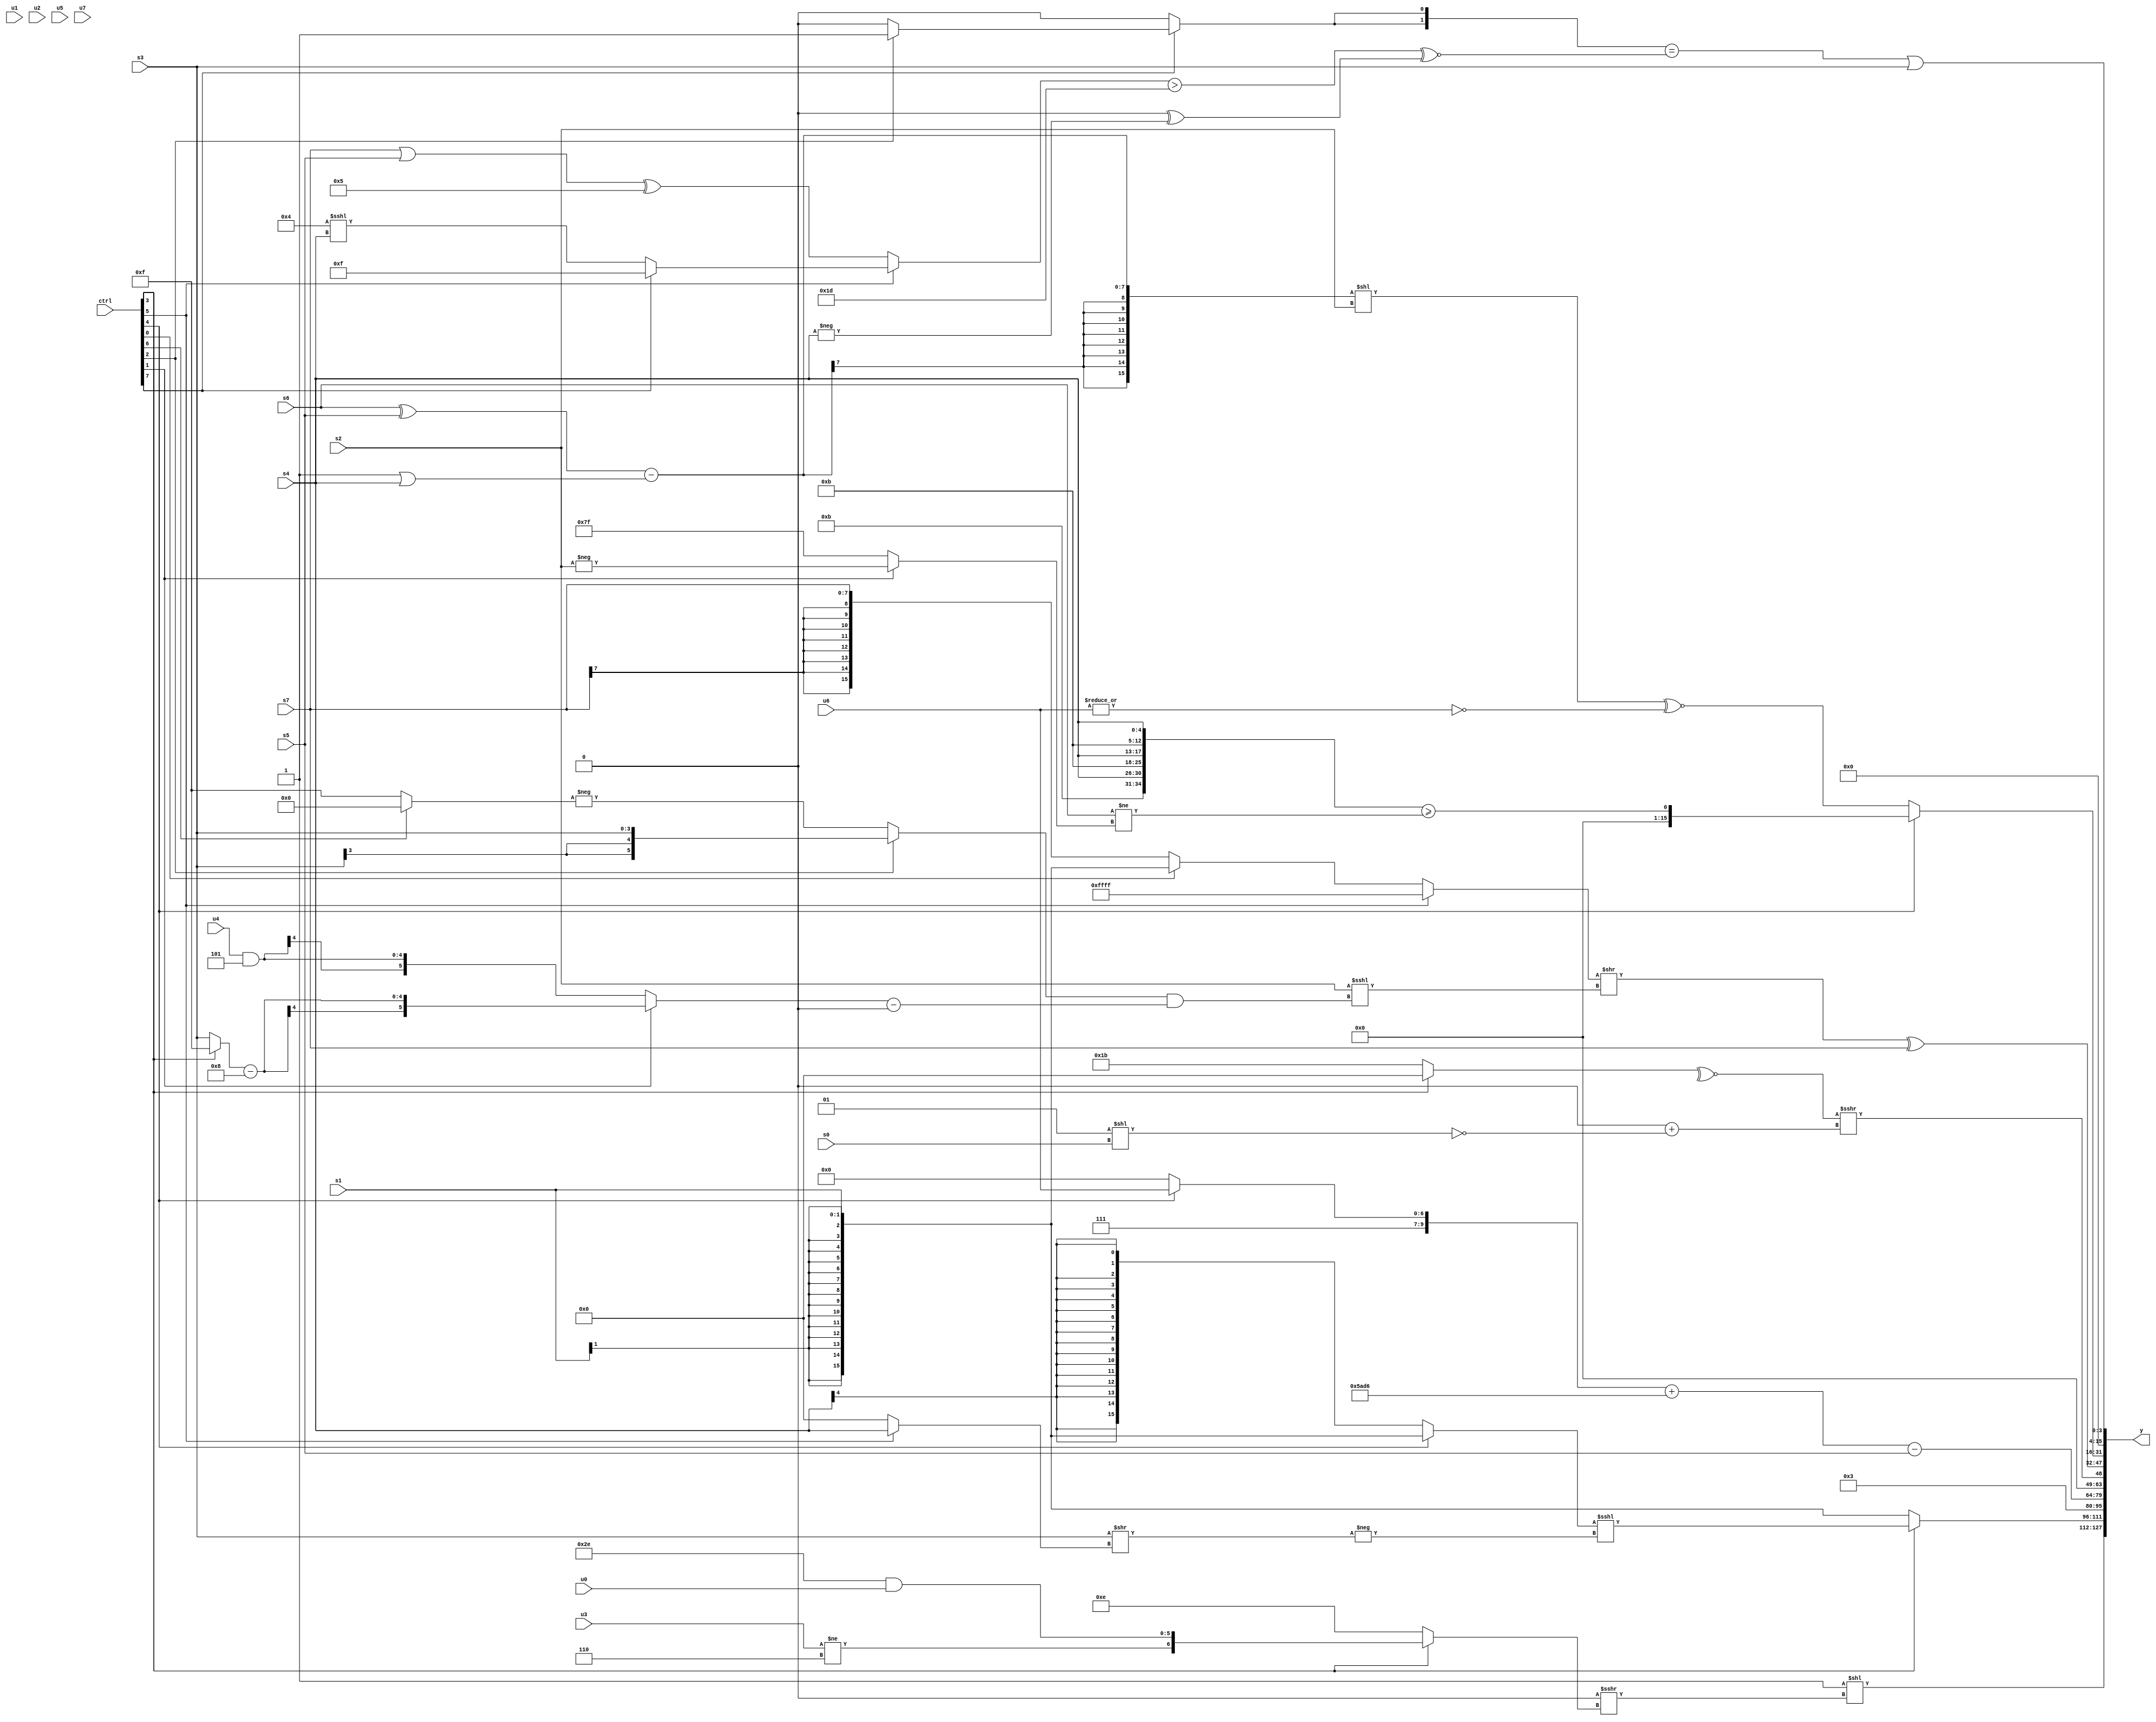
module wideexpr_00519(ctrl, u0, u1, u2, u3, u4, u5, u6, u7, s0, s1, s2, s3, s4, s5, s6, s7, y);
  input [7:0] ctrl;
  input [0:0] u0;
  input [1:0] u1;
  input [2:0] u2;
  input [3:0] u3;
  input [4:0] u4;
  input [5:0] u5;
  input [6:0] u6;
  input [7:0] u7;
  input signed [0:0] s0;
  input signed [1:0] s1;
  input signed [2:0] s2;
  input signed [3:0] s3;
  input signed [4:0] s4;
  input signed [5:0] s5;
  input signed [6:0] s6;
  input signed [7:0] s7;
  output [127:0] y;
  wire [15:0] y0;
  wire [15:0] y1;
  wire [15:0] y2;
  wire [15:0] y3;
  wire [15:0] y4;
  wire [15:0] y5;
  wire [15:0] y6;
  wire [15:0] y7;
  assign y = {y0,y1,y2,y3,y4,y5,y6,y7};
  assign y0 = (1'sb1)<<(((&(6'b010110))>>>(5'sb10101))>>>((ctrl[3]?{(u3)!=(3'b110),(6'sb101110)&(u0)}:4'sb1110)));
  assign y1 = (ctrl[3]?((ctrl[4]?s1:(s4)>>>(5'sb01100)))<<<({1{-((s3)>>((ctrl[5]?{1{s4}}:$unsigned(1'b0))))}}):s1);
  assign y2 = $signed(6'b000011);
  assign y3 = ($signed(({3'sb111,$signed(+((ctrl[4]?u6:6'sb000000)))})+({3{5'sb10110}})))-(s5);
  assign y4 = $unsigned((~^((ctrl[3]?1'sb0:5'sb11011)))>>>((!((4'sb1010)|(3'b001)))+(!((2'sb01)<<(s0)))));
  assign y5 = (((ctrl[5]?1'sb1:(ctrl[0]?+(s1):s7)))>>((s2)<<<(((ctrl[2]?s3:-($signed((ctrl[6]?(1'sb0)&(4'sb0101):1'sb1)))))&($signed(((ctrl[1]?((ctrl[3]?4'sb1111:s3))-($signed(4'sb1000)):$signed((u4)&(3'sb101))))-(((s5)<<({2{s5}}))<<<(5'sb01111)))))))^(+(s7));
  assign y6 = (ctrl[4]?({3{{$signed(3'sb000),(3'b101)>>(1'sb1),2'sb11,s4}}})>=((s6)!=((ctrl[1]?-(s2):$signed(1'sb1)))):((((s6)^(s5))-((1'sb1)|(s4)))<<(+(s2)))^~(~|(u6)));
  assign y7 = (({2{(ctrl[7]?(ctrl[2]?$signed(1'sb1):{1{(4'b1100)==(s1)}}):$signed(1'b0))}})==((((ctrl[5]?(ctrl[7]?(3'sb110)>>(3'b100):(4'sb0100)<<<(s4)):((s7)|(s5))^((3'sb001)|(4'sb0101))))>(6'sb011101))^~((-((ctrl[4]?(s4)>>>(5'sb01110):$signed(1'sb0))))^(-(s4)))))|(s3);
endmodule